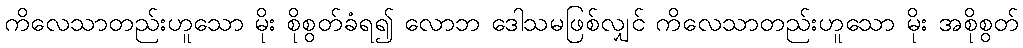
ကိလေသာတည်းဟူသော မိုး စိုစွတ်ခံရ၍ လောဘ ဒေါသမဖြစ်လျှင် ကိလေသာတည်းဟူသော မိုး အစိုစွတ်